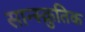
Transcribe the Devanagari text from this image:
सान्स्क्रुतिक